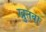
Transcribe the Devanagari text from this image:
खुतवा